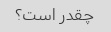
چقدر است؟